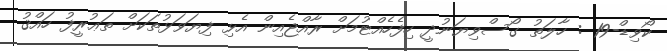
ކޯވިޑް-19 : ހާލަތު ގޯސްވިޔަނުދީ ހިފެހެއްޓުމަށް ރާއްޖެއިން އެޅި ފިޔަވަޅުތަކަށް ތަޢުރީފު ހައްޤު